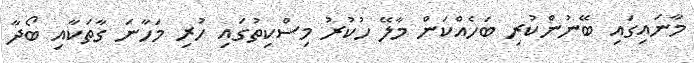
މާނައިގައި ބޭނުންކުރި ބަހެއްކަން މާލޭ ހުކުރު މިސްކިތުގައި ހުރި މަހާނަ ގާތަކާއި ބޯދާ